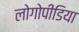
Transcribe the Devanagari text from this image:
लोगोपीडिया